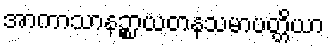
အာကာသာနဉ္စာယတနသမာပတ္တိယာ